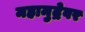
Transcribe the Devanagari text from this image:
महामुद्रेवर